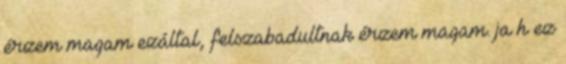
érzem magam ezáltal, felszabadultnak érzem magam. ja h ez